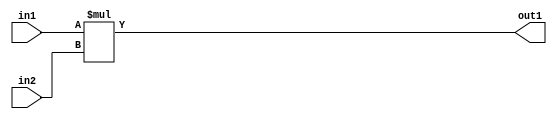
// -------------------------------------------------------------
// 
// 
// Generated by MATLAB 23.2, HDL Coder 23.2, and Simulink 23.2
// 
// -------------------------------------------------------------


// -------------------------------------------------------------
// 
// Module: DotProduct_block5
// Source Path: sampleModel1641_sub/Subsystem/DotProduct
// Hierarchy Level: 1
// Model version: 1.1
// 
// -------------------------------------------------------------

`timescale 1 ns / 1 ns

module DotProduct_block5
          (in1,
           in2,
           out1);


  input   [7:0] in1;  // uint8
  input   [7:0] in2;  // uint8
  output  [7:0] out1;  // uint8


  wire [15:0] mul_cfblk35_dotp_mulcomp_mul_temp;  // ufix16


  assign mul_cfblk35_dotp_mulcomp_mul_temp = in1 * in2;
  assign out1 = mul_cfblk35_dotp_mulcomp_mul_temp[7:0];



endmodule  // DotProduct_block5